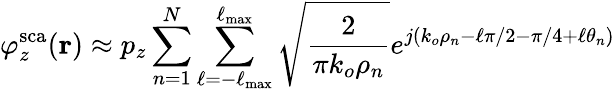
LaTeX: \varphi_{z}^{\mathrm{sca}}(\mathbf{r})\approx p_{z}\sum_{n=1}^{N}\sum_{\ell=-\ell_{\mathrm{max}}}^{\ell_{\mathrm{max}}}\sqrt{\frac{2}{\pi k_{o}\rho_{n}}}e^{j(k_{o}\rho_{n}-\ell\pi/2-\pi/4+\ell\theta_{n})}